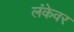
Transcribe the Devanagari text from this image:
लंकेवर